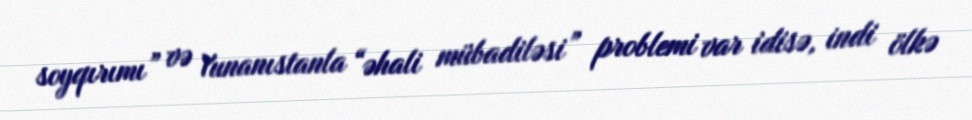
soyqırımı” və Yunanıstanla “əhali mübadiləsi” problemi var idisə, indi ölkə